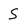
Character: S